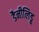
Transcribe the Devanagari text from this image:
डैनीलिडू